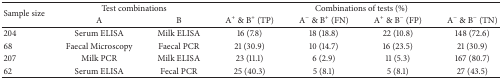
<table><thead><tr><td rowspan="2"><b>Sample size</b></td><td colspan="2"><b>Test combinations</b></td><td colspan="4"><b>Combinations of tests (%)</b></td></tr><tr><td><b>A</b></td><td><b>B</b></td><td><b>A<sup>+</sup> &amp; B<sup>+</sup> (TP)</b></td><td><b>A<sup>−</sup> &amp; B<sup>+</sup> (FN)</b></td><td><b>A<sup>+</sup> &amp; B<sup>−</sup> (FP)</b></td><td><b>A<sup>−</sup> &amp; B<sup>−</sup> (TN)</b></td></tr></thead><tbody><tr><td>204</td><td>Serum ELISA</td><td>Milk ELISA</td><td>16 (7.8)</td><td>18 (18.8)</td><td>22 (10.8)</td><td>148 (72.6)</td></tr><tr><td>68</td><td>Faecal Microscopy</td><td>Faecal PCR</td><td>21 (30.9)</td><td>10 (14.7)</td><td>16 (23.5)</td><td>21 (30.9)</td></tr><tr><td>207</td><td>Milk PCR</td><td>Milk ELISA</td><td>23 (11.1)</td><td>6 (2.9)</td><td>11 (5.3)</td><td>167 (80.7)</td></tr><tr><td>62</td><td>Serum ELISA</td><td>Fecal PCR</td><td>25 (40.3)</td><td>5 (8.1)</td><td>5 (8.1)</td><td>27 (43.5)</td></tr></tbody></table>